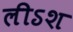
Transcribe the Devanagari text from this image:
लीऽश